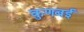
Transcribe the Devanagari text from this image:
कुणबई